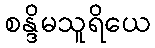
စန္ဒိမသူရိယေ